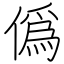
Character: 僞